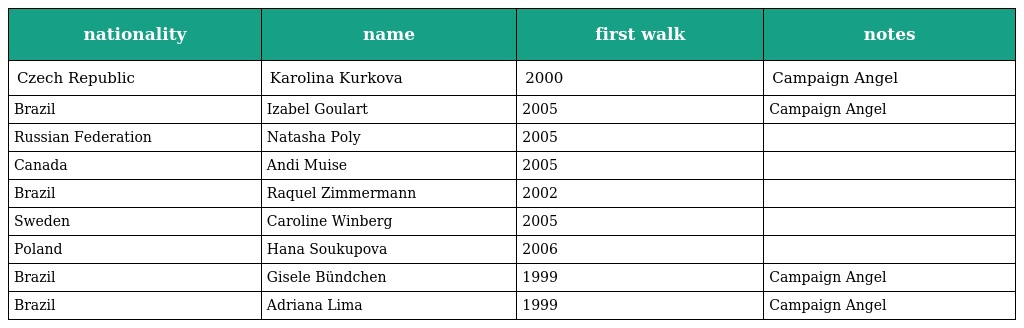
| nationality | name | first walk | notes |
 | --- | --- | --- | --- |
 | Czech Republic | Karolina Kurkova | 2000 | Campaign Angel |
 | Brazil | Izabel Goulart | 2005 | Campaign Angel |
 | Russian Federation | Natasha Poly | 2005 |  |
 | Canada | Andi Muise | 2005 |  |
 | Brazil | Raquel Zimmermann | 2002 |  |
 | Sweden | Caroline Winberg | 2005 |  |
 | Poland | Hana Soukupova | 2006 |  |
 | Brazil | Gisele Bündchen | 1999 | Campaign Angel |
 | Brazil | Adriana Lima | 1999 | Campaign Angel |